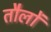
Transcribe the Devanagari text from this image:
तौलों